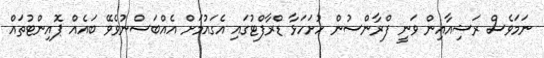
ނަމަވެސް ރަޝިއާއިން ވަނީ ފްރާންސުން ހުށަހަޅާ ޑްރާފްޓުގައި އެގައުމަށް އެއްބަސްނުވެވޭ ބައެއް ޕޮއިންޓުތައް